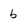
Character: b